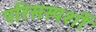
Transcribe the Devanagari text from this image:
परिसस्पर्शी